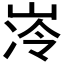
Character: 𪨺